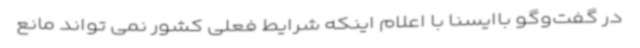
در گفت‌وگو باایسنا با اعلام اینکه شرایط فعلی کشور نمی تواند مانع